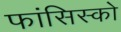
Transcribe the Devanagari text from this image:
फांसिस्को